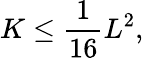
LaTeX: K\leq{\frac{1}{16}}L^{2},